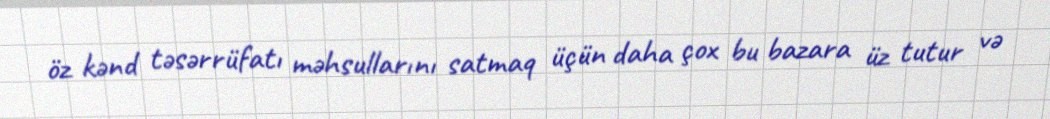
öz kənd təsərrüfatı məhsullarını satmaq üçün daha çox bu bazara üz tutur və